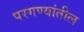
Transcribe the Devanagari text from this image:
परगण्यांतील